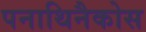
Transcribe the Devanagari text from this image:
पनाथिनैकोस